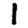
Digit: 1